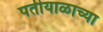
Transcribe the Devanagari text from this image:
पतीयाळाच्या